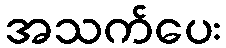
အသက်ပေး